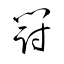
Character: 闘